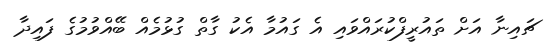
ޗައިނާ އަށް ތައުރީފްކުރައްވައި އެ ގައުމާ އެކު ގާތް ގުޅުމެއް ބޭއްވުމުގެ ފައިދާ